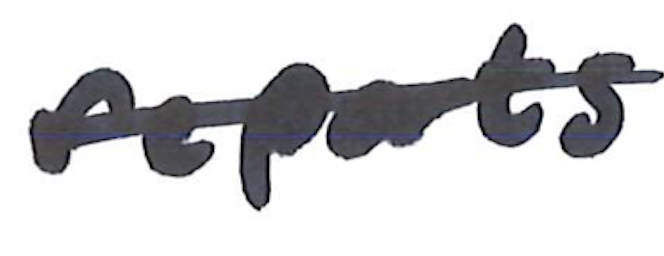
Text: reports
Cross-out: single-line
Writing tool: marker